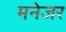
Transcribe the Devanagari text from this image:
मनेजर